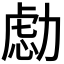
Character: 𰅔